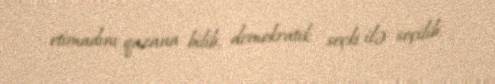
etimadını qazana bilib, demokratik seçki ilə seçilib.